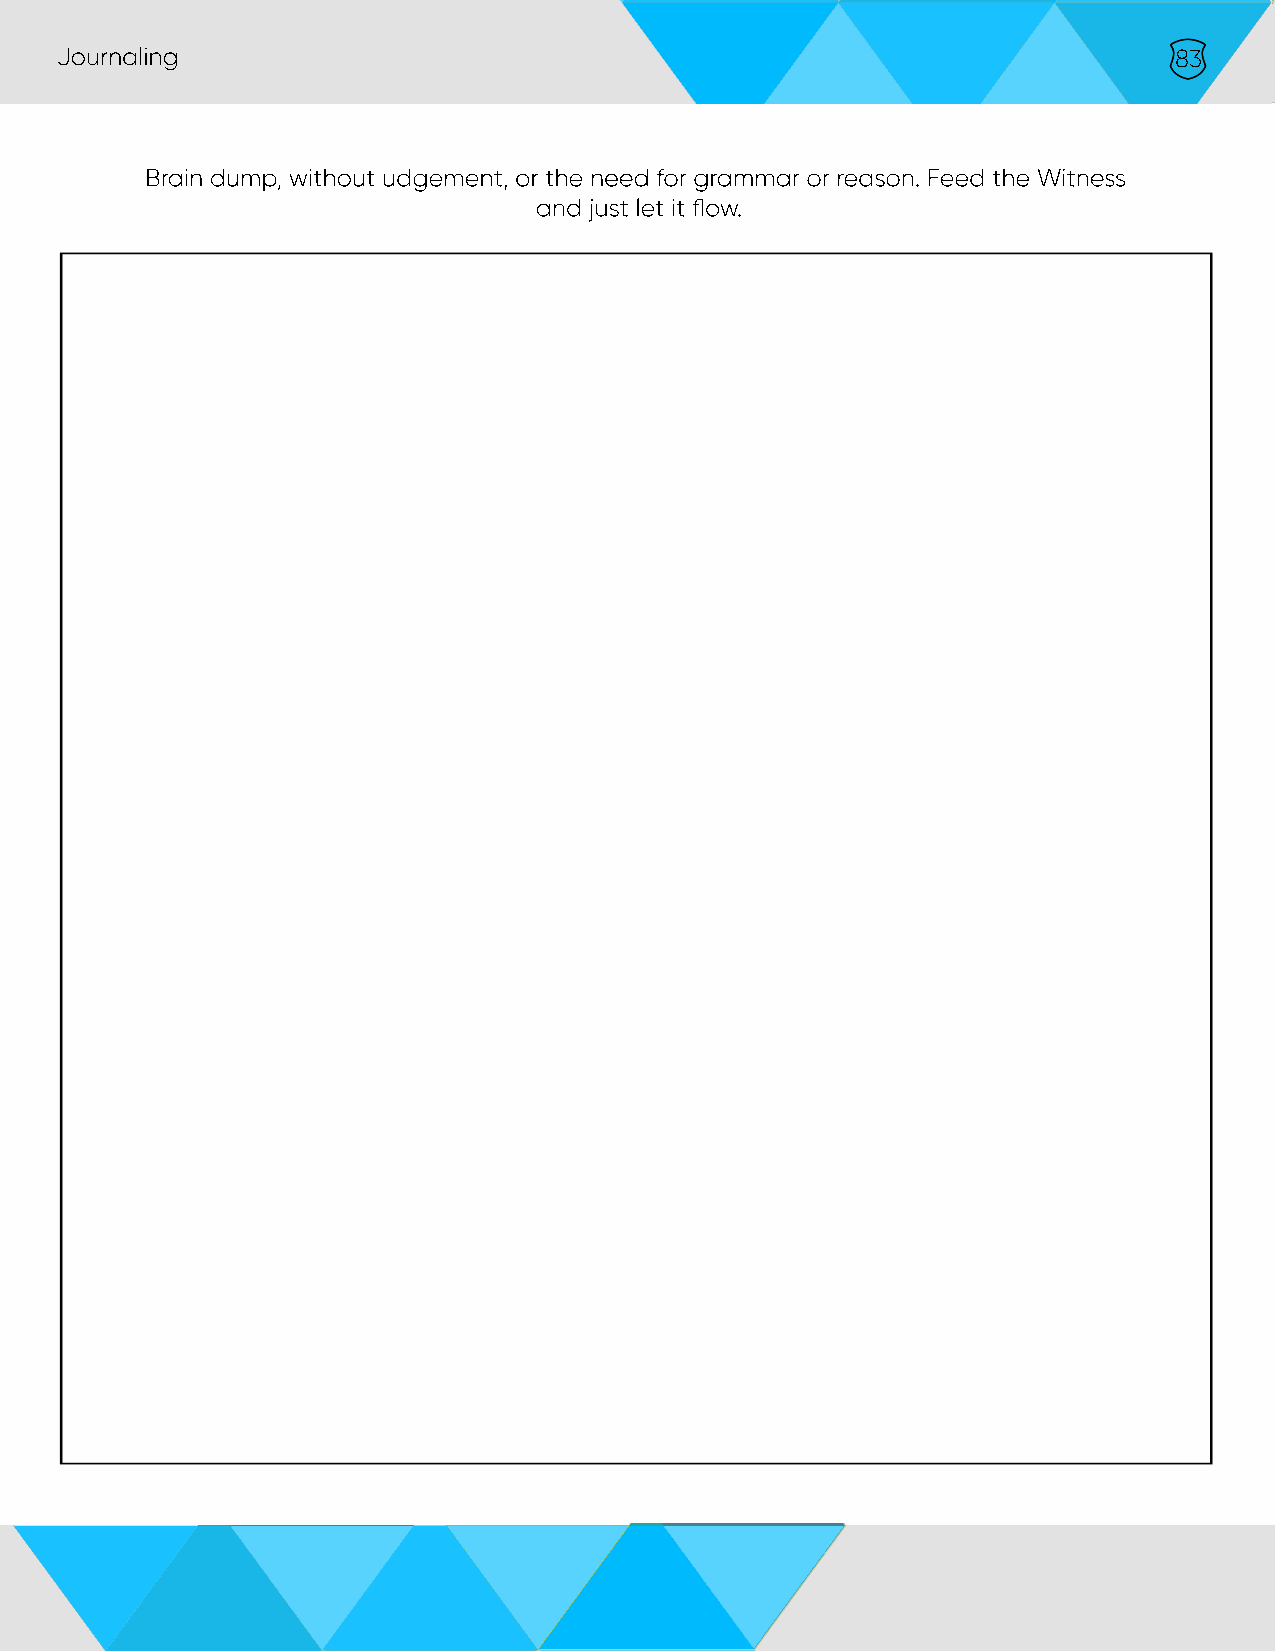
Journaling                                                                83
 Brain dump, without udgement, or the need for grammar or reason. Feed the Witness
 and just let it flow.